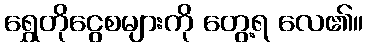
ရွှေတိုငွေစများကို တွေ့ရ လေ၏။